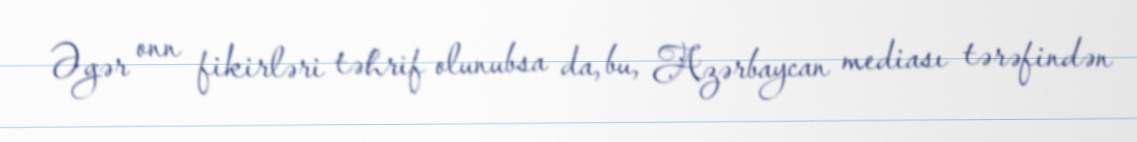
Əgər onn fikirləri təhrif olunubsa da, bu, Azərbaycan mediası tərəfindən